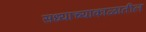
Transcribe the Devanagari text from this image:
सध्याच्याकाळातील